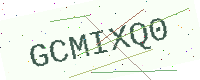
Text: GCMIXQ0